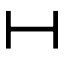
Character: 𫡃